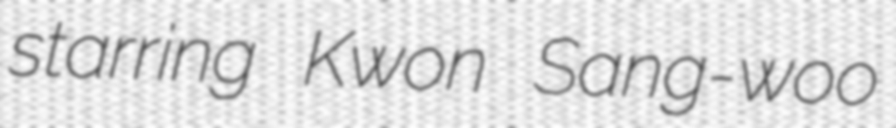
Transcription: starring Kwon Sang-woo